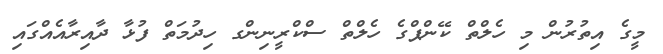
މީގެ އިތުރުން މި ހެލްތް ކޭންޕްގެ ހެލްތް ސްކްރީނިންގ ހިދުމަތް ފުޅާ ދާއިރާއެއްގައި